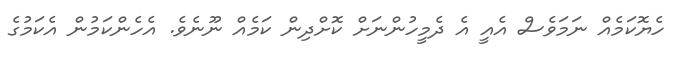
ހެޔޮކަމެއް ނަމަވެސް އެއީ އެ ދެމީހުންނަށް ކޮށްދިން ކަމެއް ނޫނެވެ. އެހެންކަމުން އެކަމުގެ